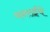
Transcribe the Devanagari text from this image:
वनराईंचे